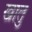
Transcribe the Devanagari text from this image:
खातु